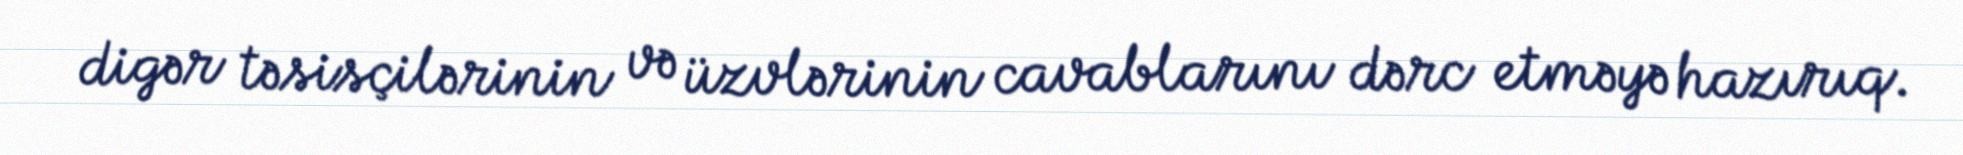
digər təsisçilərinin və üzvlərinin cavablarını dərc etməyə hazırıq.